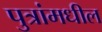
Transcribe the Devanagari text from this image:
पुत्रांमधील